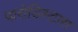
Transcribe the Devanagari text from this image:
पारोडिस्टास